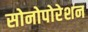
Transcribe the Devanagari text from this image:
सोनोपोरेशन